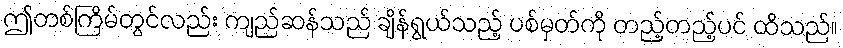
ဤတစ်ကြိမ်တွင်လည်း ကျည်ဆန်သည် ချိန်ရွယ်သည့် ပစ်မှတ်ကို တည့်တည့်ပင် ထိသည်။